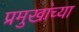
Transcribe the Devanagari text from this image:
प्रमुखांच्या